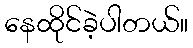
နေထိုင်ခဲ့ပါတယ်။